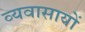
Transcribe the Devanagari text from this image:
व्यवासायों